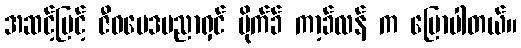
အဆင့်မြင့် ဇီဝဗေဒပညာရှင် မိုက်ခ် ကာ့ခ်လန် က ပြောပါတယ်။